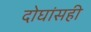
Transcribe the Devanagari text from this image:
दोघांसही